Report of the Indian Hemp Drugs Commission, 1894-1895 - Volume IV
Year: 1894
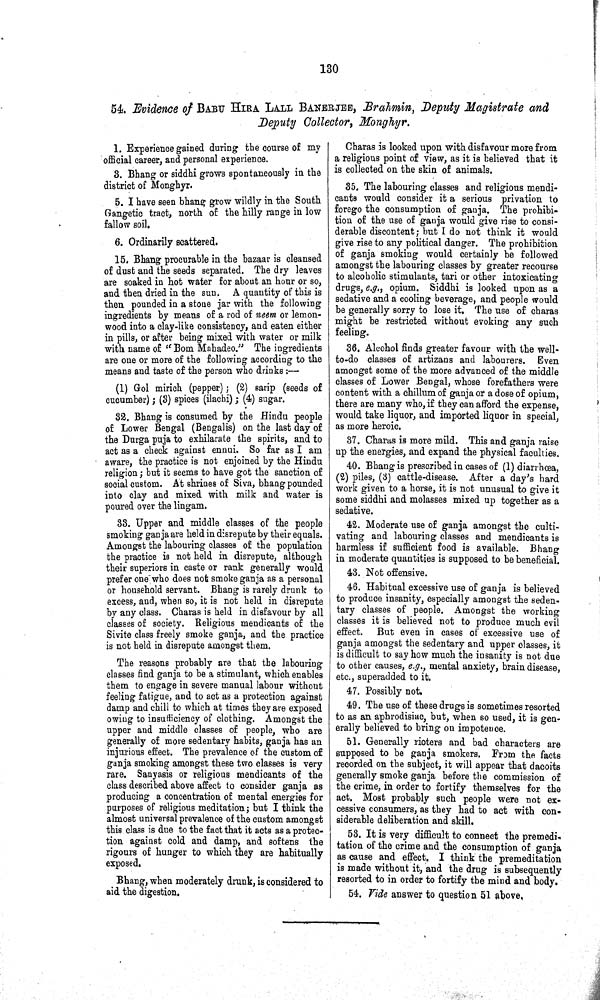
130
54. Evidence of BABU HIRA LALL BANERJEE, Brahmin, Deputy Magistrate and
Deputy Collector, Monghyr.
1. Experience gained during the course of my
official career, and personal experience.
3. Bhang or siddhi grows spontaneously in the
district of Monghyr.
5. I have seen bhang grow wildly in the South
Gangetic tract, north of the hilly range in low
fallow soil.
6. Ordinarily scattered.
15. Bhang procurable in the bazaar is cleansed
of dust and the seeds separated. The dry leaves
are soaked in hot water for about an hour or so,
and then dried in the sun. A quantity of this is
then pounded in a stone jar with the following
ingredients by means of a rod of neem or lemon-
wood into a clay-like consistency, and eaten either
in pills, or after being mixed with water or milk
with name of "Bom Mahadeo." The ingredients
are one or more of the following according to the
means and taste of the person who drinks:—
(1) Gol mirich (pepper); (2) sarip (seeds of
cucumber); (3) spices (ilachi); (4) sugar.
32. Bhang is consumed by the Hindu people
of Lower Bengal (Bengalis) on the last day of
the Durga puja to exhilarate the spirits, and to
act as a check against ennui. So far as I am
aware, the practice is not enjoined by the Hindu
religion; but it seems to have got the sanction of
social custom. At shrines of Siva, bhang pounded
into clay and mixed with milk and water is
poured over the lingam.
33. Upper and middle classes of the people
smoking ganja are held in disrepute by their equals.
Amongst the labouring classes of the population
the practice is not held in disrepute, although
their superiors in caste or rank generally would
prefer one who does not smoke ganja as a personal
or household servant. Bhang is rarely drunk to
excess, and, when so, it is not held in disrepute
by any class. Charas is held in disfavour by all
classes of society. Religious mendicants of the
Sivite class freely smoke ganja, and the practice
is not held in disrepute amongst them.
The reasons probably are that the labouring
classes find ganja to be a stimulant, which enables
them to engage in severe manual labour without
feeling fatigue, and to act as a protection against
damp and chill to which at times they are exposed
owing to insufficiency of clothing. Amongst the
upper and middle classes of people, who are
generally of more sedentary habits, ganja has an
injurious effect. The prevalence of the custom of
ganja smoking amongst these two classes is very
rare. Sanyasis or religious mendicants of the
class described above affect to consider ganja as
producing a concentration of mental energies for
purposes of religious meditation; but I think the
almost universal prevalence of the custom amongst
this class is due to the fact that it acts as a protec¬
tion against cold and damp, and softens the
rigours of hunger to which they are habitually
exposed.
Bhang, when moderately drunk, is considered to
aid the digestion.
Charas is looked upon with disfavour more from
a religious point of view, as it is believed that it
is collected on the skin of animals.
35. The labouring classes and religious mendi¬
cants would consider it a serious privation to
forego the consumption of ganja. The prohibi¬
tion of the use of ganja would give rise to consi¬
derable discontent; but I do not think it would
give rise to any political danger. The prohibition
of ganja smoking would certainly be followed
amongst the labouring classes by greater recourse
to alcoholic stimulants, tari or other intoxicating
drugs, e.g., opium. Siddhi is looked upon as a
sedative and a cooling beverage, and people would
be generally sorry to lose it. The use of charas
might be restricted without evoking any such
feeling.
36. Alcohol finds greater favour with the well-
to-do classes of artizans and labourers. Even
amongst some of the more advanced of the middle
classes of Lower Bengal, whose forefathers were
content with a chillum of ganja or a dose of opium,
there are many who, if they can afford the expense,
would take liquor, and imported liquor in special,
as more heroic.
37. Charas is more mild. This and ganja raise
up the energies, and expand the physical faculties.
40. Bhang is prescribed in cases of (1) diarrhœa,
(2) piles, (3) cattle-disease. After a day's hard
work given to a horse, it is not unusual to give it
some siddhi and molasses mixed up together as a
sedative.
42. Moderate use of ganja amongst the culti¬
vating and labouring classes and mendicants is
harmless if sufficient food is available. Bhang
in moderate quantities is supposed to be beneficial.
43. Not offensive.
46. Habitual excessive use of ganja is believed
to produce insanity, especially amongst the seden¬
tary classes of people. Amongst the working
classes it is believed not to produce much evil
effect. But even in cases of excessive use of
ganja amongst the sedentary and upper classes, it
is difficult to say how much the insanity is not due
to other causes, e.g., mental anxiety, brain disease,
etc., superadded to it.
47. Possibly not.
49. The use of these drugs is sometimes resorted
to as an aphrodisiac, but, when so used, it is gen¬
erally believed to bring on impotence.
51. Generally rioters and bad characters are
supposed to be ganja smokers. From the facts
recorded on the subject, it will appear that dacoits
generally smoke ganja before the commission of
the crime, in order to fortify themselves for the
act. Most probably such people were not ex¬
cessive consumers, as they had to act with con¬
siderable deliberation and skill.
53. It is very difficult to connect the premedi-
tation of the crime and the consumption of ganja
as cause and effect. I think the premeditation
is made without it, and the drug is subsequently
resorted to in order to fortify the mind and body.
54. Vide answer to question 51 above.